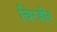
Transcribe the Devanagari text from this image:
चिंरजीव